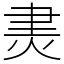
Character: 㶳